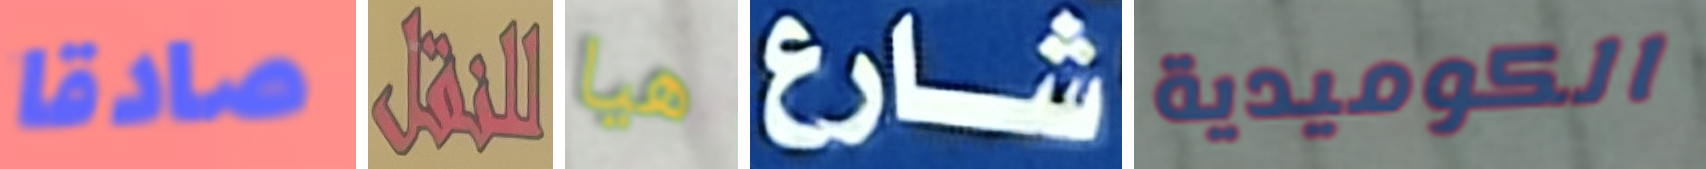
صادقا للنقل هيا شارع الكوميدية